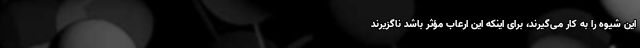
این شیوه را به کار می‌گیرند، برای اینکه این ارعاب مؤثر باشد ناگزیرند